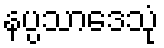
နပ္ပသာဒေသုံ